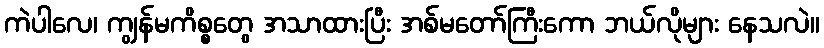
ကဲပါလေ၊ ကျွန်မကိစ္စတွေ အသာထားပြီး အစ်မတော်ကြီးကော ဘယ်လိုများ နေသလဲ။